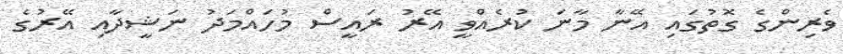
ވެރިންގެ ގޮތުގައި އޭނާ މާނަ ކުރެއްވީ އޭރު ރައީސް މުހައްމަދު ނަޝީދާއި އޭރުގެ